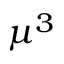
\mu ^ { 3 }